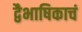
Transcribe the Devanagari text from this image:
द्वैभाषिकाचं